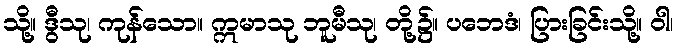
သို့။ ဒွီသု၊ ကုန်သော။ ဣမာသု ဘူမီသု၊ တို့၌။ ပဘေဒံ၊ ပြားခြင်းသို့။ ဝါ၊